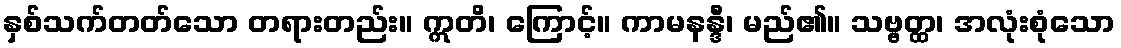
နှစ်သက်တတ်သော တရားတည်း။ ဣတိ၊ ကြောင့်။ ကာမနန္ဒီ၊ မည်၏။ သဗ္ဗတ္ထ၊ အလုံးစုံသော